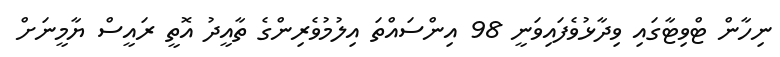
ނިހާން ޓްވިޓާގައި ވިދާޅުވެފައިވަނީ 98 އިންސައްތަ އިލުމުވެރިންގެ ތާއީދު އޮތީ ރައީސް ޔާމީނަށް